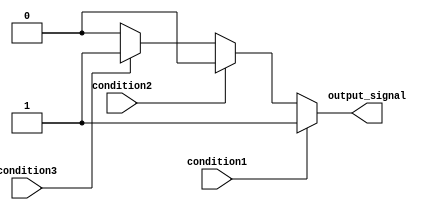
module if_else_ladder_statement (
    input wire condition1,
    input wire condition2,
    input wire condition3,
    output reg output_signal
);

always @* begin
    if (condition1)
        output_signal = 1;
    else if (condition2)
        output_signal = 2;
    else if (condition3)
        output_signal = 3;
    else
        output_signal = 0;
end

endmodule